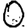
Digit: 0